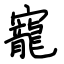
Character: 寵